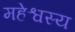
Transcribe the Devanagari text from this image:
महेश्वस्य